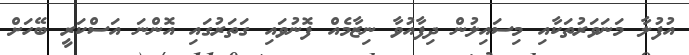
އުފުލާ މަނަވަރުތަކާއި މިސައިލުން ދިފާއުވާ ނިޒާމެއް ފޮނުވައި ގަތަރުގައި އޮންނަ އަސްކަރީ ބޭހަށް